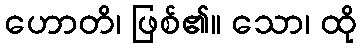
ဟောတိ၊ ဖြစ်၏။ သော၊ ထို